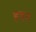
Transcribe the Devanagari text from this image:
हदम